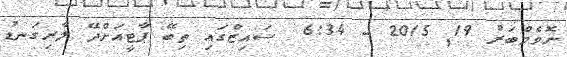
ނޮވެމްބަރު 19